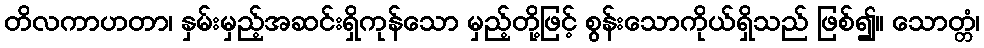
တိလကာဟတာ၊ နှမ်းမှည့်အဆင်းရှိကုန်သော မှည့်တို့ဖြင့် စွန်းသောကိုယ်ရှိသည် ဖြစ်၍။ သောတ္တံ၊